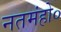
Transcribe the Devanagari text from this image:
नतमंहो०